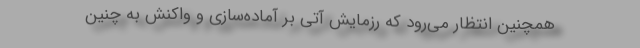
همچنین انتظار می‌رود که رزمایش آتی بر آماده‌سازی و واکنش به چنین